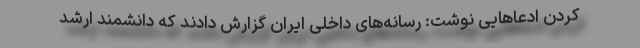
کردن ادعاهایی نوشت: رسانه‌های داخلی ایران گزارش دادند که دانشمند ارشد